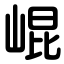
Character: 崐